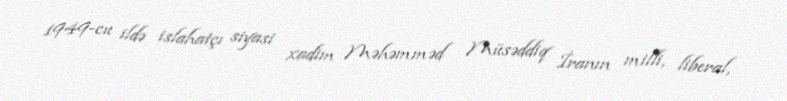
1949-cu ildə islahatçı siyasi xadim Məhəmməd Müsəddiq İranın milli, liberal,